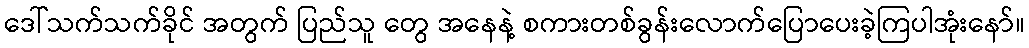
ဒေါ်သက်သက်ခိုင် အတွက် ပြည်သူ တွေ အနေနဲ့ စကားတစ်ခွန်းလောက်ပြောပေးခဲ့ကြပါအုံးနော်။